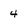
Character: 4